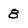
Character: 8